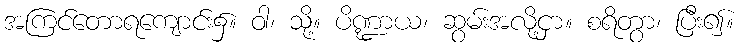
အကြင်တောရကျောင်း၌။ ဝါ၊ သို့။ ပိဏ္ဍာယ၊ ဆွမ်းအလို့ငှာ။ စရိတွာ၊ ပြီး၍။